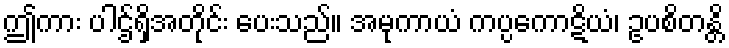
ဤကား ပါဌ်ရှိအတိုင်း ပေးသည်။ အမုကာယံ ကပ္ပကောဋိယံ၊ ဥပစိတန္တိ